system: You are a helpful assistant.
user:
Analyze the provided spectrum to determine if it is a **S-type Star**.

- **Key Indicators for S-type Star:**

    - **(Overall Spectrum Shape):** The first and most obvious characteristic is the overall continuum (the "baseline" shape). It is **extremely "red-sloping,"** meaning the flux (light intensity) is very low on the left side (blue, ~4000-4500 Å) and rises steeply and continuously toward the right side (red, ~7000 Å+).

    - **(Primary):** The spectrum is defined by the presence of strong, broad molecular absorption "valleys" (bands) from **Zirconium Oxide (ZrO)**. The identification of these bands is the **primary requirement** for classifying a star as S-type.
        - **(Key Bandheads):** You must find distinct, deep "dips" where the light has been absorbed. The most critical band systems to locate are:
            - **~6474 Å** ($\gamma$-system): This is often the strongest and clearest ZrO feature, found in the red part of the spectrum.
            - **~5718 Å** & **~5551 Å** ($\beta$-system): A pair of prominent absorption features in the yellow-orange part of the spectrum.
            - **~4640 Å** ($\alpha$-system): A key absorption band system in the blue-green region of the spectrum.

    - **(Secondary Confirmation):** The classification is strengthened by finding additional absorption bands from other related heavy element oxides, which are expected to be present alongside ZrO.
        - **(Key Bandheads):**
            - **Yttrium Oxide (YO):** Look for absorption dips near **~4800 Å** and **~6100 Å**.
            - **Lanthanum Oxide (LaO):** Additional absorption features, particularly in the red-orange part of the spectrum, are also characteristic.

    - **(Line Profile):** The combination of the steep red continuum and these numerous, deep molecular bands (ZrO, YO, etc.) gives the entire spectrum a very **"chopped-up"** or **"bumpy"** appearance. Instead of a smooth curve, the spectrum looks as though large, wide chunks of light have been "carved out" of it at the specific wavelengths listed above.

Think first, call **spectral_visualization_tool** if needed to examine features in detail, then provide your final answer. Your response must adhere to the following strict rules:
1.  **Overall Structure:** Your response must follow the format `<think>...</think> <tool_call>...</tool_call> (if a tool is used) <answer>...</answer>`.
2.  **Tool Usage Constraint:** You may only make **one** tool call per turn.
3.  **Final Answer Format:** In the `<answer>` tag, your conclusion must be inside a `\boxed{}` command (e.g., `\boxed{YES}` or `\boxed{NO}`), followed by your justification.

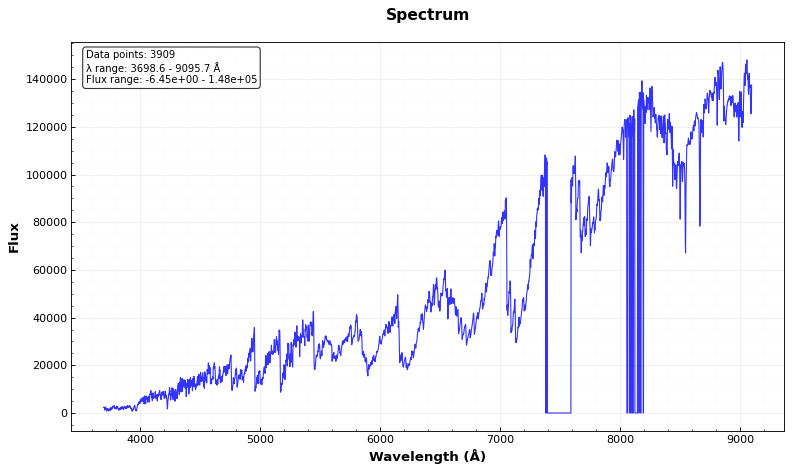
Answer: YES